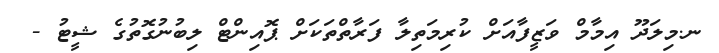
ނ.މިލަދޫ އިމާމް ވަޒީފާއަށް ކުރިމަތިލާ ފަރާތްތަކަށް ޕޮއިންޓް ލިބުނުގޮތުގެ ޝީޓު -